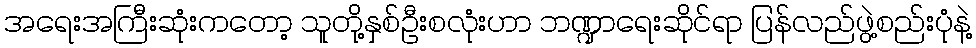
အရေးအကြီးဆုံးကတော့ သူတို့နှစ်ဦးစလုံးဟာ ဘဏ္ဍာရေးဆိုင်ရာ ပြန်လည်ဖွဲ့စည်းပုံနဲ့